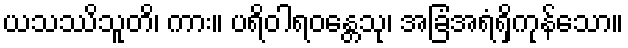
ယသဿိသူတိ၊ ကား။ ပရိဝါရဝန္တေသု၊ အခြံအရံရှိကုန်သော။